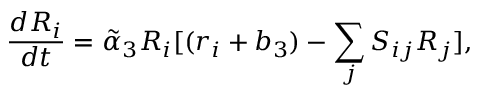
\frac { d R _ { i } } { d t } = \tilde { \alpha } _ { 3 } R _ { i } [ ( r _ { i } + b _ { 3 } ) - \sum _ { j } S _ { i j } R _ { j } ] ,